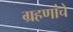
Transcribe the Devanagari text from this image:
ग्रहणांचे